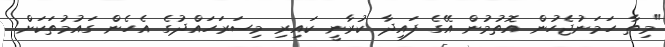
"މިތާ ހަމަނުޖެހުން އޮތުމުން އޭގެ ފައިދާ ކުރާނީ ކައިރި މިސަރަހައްދުގެ އެހެން ގައުމުތަކަށް.